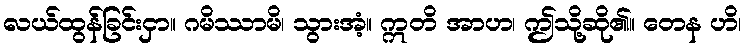
လယ်ထွန်ခြင်းငှာ။ ဂမိဿာမိ၊ သွားအံ့။ ဣတိ အာဟ၊ ဤသို့ဆို၏။ တေန ဟိ၊